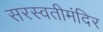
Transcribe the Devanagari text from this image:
सरस्वतीमंदिर